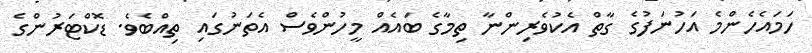
ހަމައެހެންމެ އަހުނަފުގެ ގާތް އެކުވެރިންނާ ތިމާގެ ބައެއް މީހުންވެސް އެތަނުގައި ތިއްބެވެ. ޑޮކްޓަރުންގެ